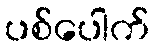
ပစ်ပေါက်